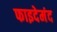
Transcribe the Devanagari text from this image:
फाइदेमंद